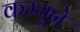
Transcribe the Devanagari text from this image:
कम्यूने